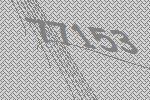
77153